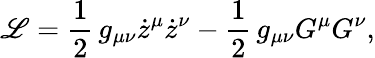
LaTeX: {\cal\mathscr{L}}=\frac{{1}}{{2}}\, g_{\mu\nu}\dot{{z}}^{\mu}\dot{{z}}^{\nu}-\frac{{1}}{{2}}\, g_{\mu\nu}G^{\mu}G^{\nu},